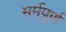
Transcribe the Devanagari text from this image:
मर्मपूर्ण